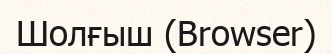
Шолғыш (Browser)